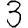
Digit: 3